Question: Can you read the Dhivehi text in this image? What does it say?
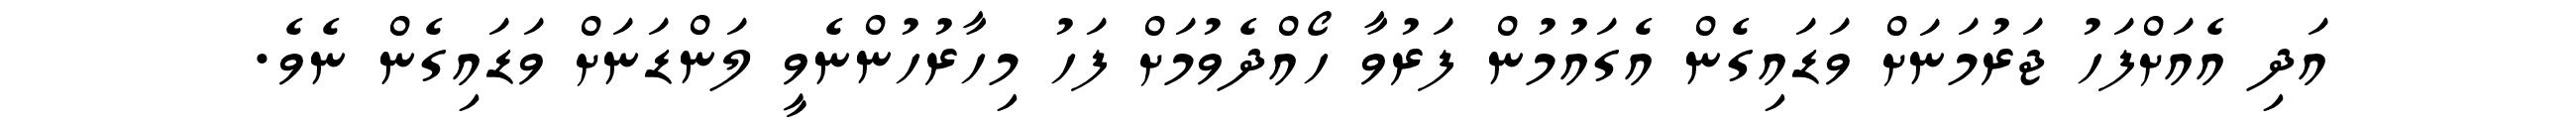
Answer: އަދި އެއަށްފަހު ޖަރުމަނަށް ވަޑައިގެން އެގައުމުން ފަރުވާ ހޯއްދެވުމަށް ފަހު މިހާރުހުންނެވީ ލަންޑަނަށް ވަޑައިގެން ނެވެ.